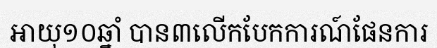
អាយុ១០ឆ្នាំ បាន៣លើកបែកការណ៍ផែនការ